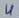
Text: 4